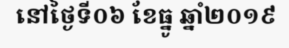
នៅថ្ងៃទី០៦ ខែធ្នូ ឆ្នាំ២០១៩